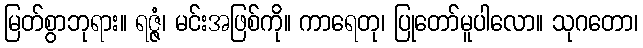
မြတ်စွာဘုရား။ ရဇ္ဇံ၊ မင်းအဖြစ်ကို။ ကာရေတု၊ ပြုတော်မူပါလော။ သုဂတော၊